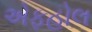
એફહોલ